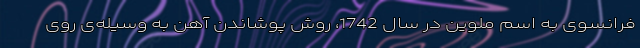
فرانسوی به اسم ملوین در سالِ 1742، روشِ پوشاندنِ آهن به وسیله‌ی رویِ